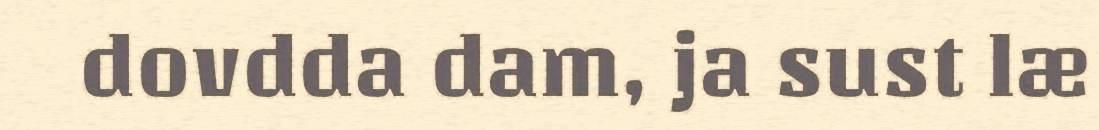
dovdda dam, ja sust læ